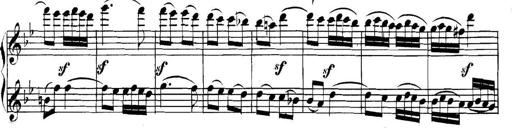
Title: Collected Piano Sonatas
Composer: Muzio Clementi